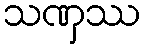
သဏှဿ